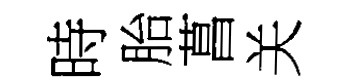
時胎菖关